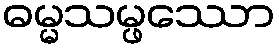
ဓမ္မသမ္ဖဿော